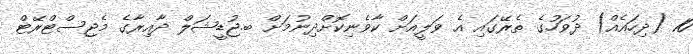
10 (ދިހައެއް) ދުވަހުގެ ތެރޭގައި އެ ވަލީއަށް ކާވެނިކޮށްދިނުމަށް ބ.ޖުޑީޝަލް ދާއިރާގެ މެޖިސްޓްރޭޓް